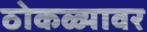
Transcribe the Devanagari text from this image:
ठोकळ्यावर